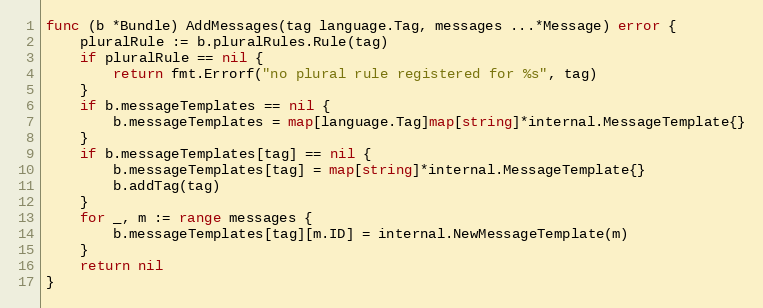
Language: Go
func (b *Bundle) AddMessages(tag language.Tag, messages ...*Message) error {
	pluralRule := b.pluralRules.Rule(tag)
	if pluralRule == nil {
		return fmt.Errorf("no plural rule registered for %s", tag)
	}
	if b.messageTemplates == nil {
		b.messageTemplates = map[language.Tag]map[string]*internal.MessageTemplate{}
	}
	if b.messageTemplates[tag] == nil {
		b.messageTemplates[tag] = map[string]*internal.MessageTemplate{}
		b.addTag(tag)
	}
	for _, m := range messages {
		b.messageTemplates[tag][m.ID] = internal.NewMessageTemplate(m)
	}
	return nil
}